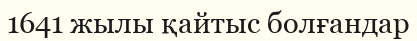
1641 жылы қайтыс болғандар